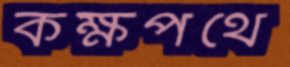
কক্ষপথে